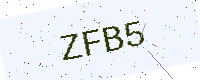
Text: ZFB5